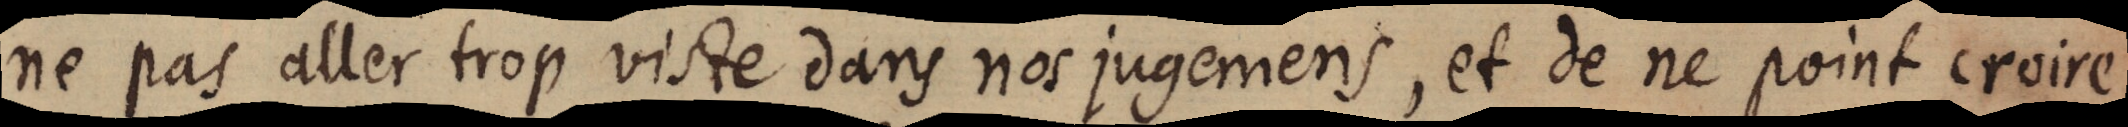
ne pas aller trop viste dans nos jugemens, et de ne point croire